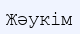
Жәукім